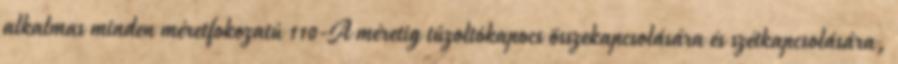
alkalmas minden méretfokozatú 110-A méretig tûzoltókapocs összekapcsolására és szétkapcsolására,